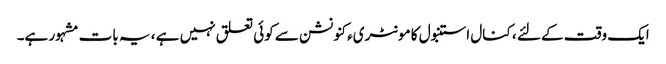
ایک وقت کے لئے ، کنال استنبول کا مونٹریء کنونشن سے کوئی تعلق نہیں ہے ، یہ بات مشہور ہے۔